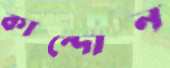
কান্দোন